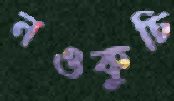
নওকুচি